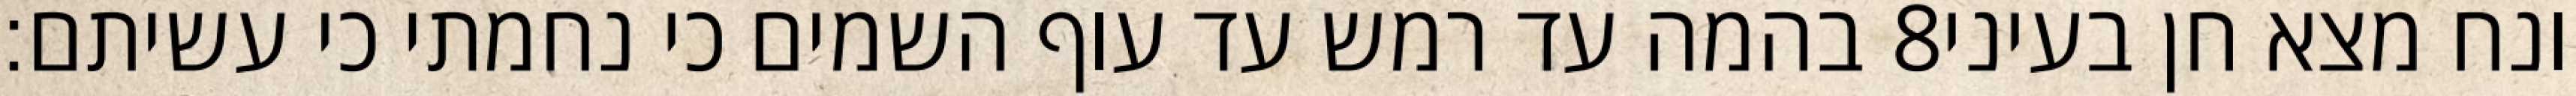
בהמה עד רמש עד עוף השמים כי נחמתי כי עשיתם׃ ‎8‏ ונח מצא חן בעיני